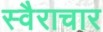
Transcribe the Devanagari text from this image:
स्वैराचार